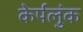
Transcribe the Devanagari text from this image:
केर्पलुंक